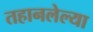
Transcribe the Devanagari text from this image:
तहानलेल्या